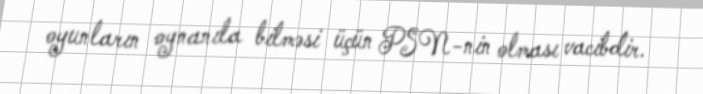
oyunların oynanıla bilməsi üçün PSN-nin olması vacibdir.